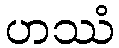
ဟဿံ